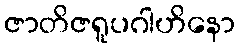
ဇာတိဇရူပဂါဟိနော